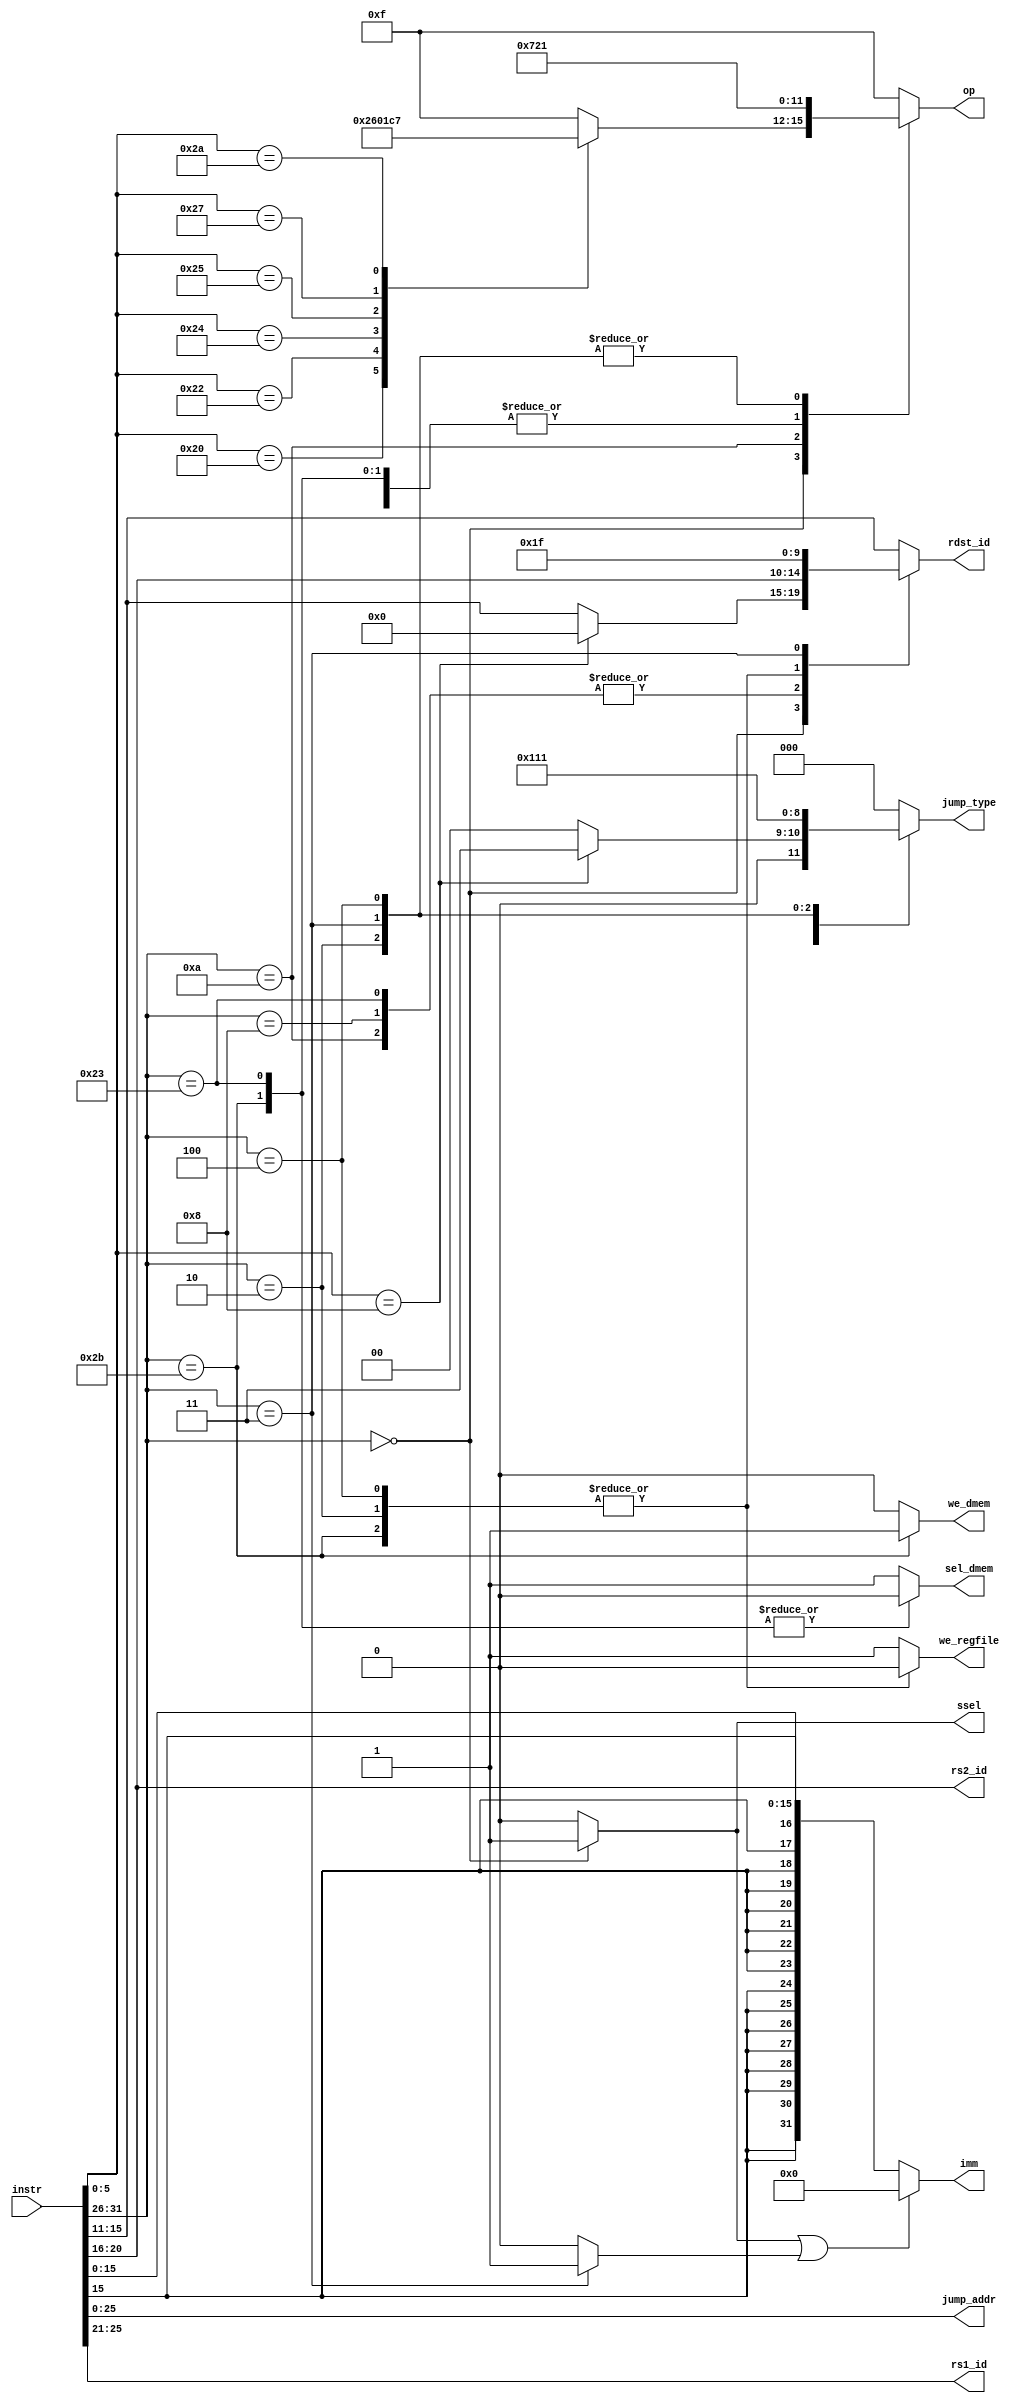
module decode #(parameter DWIDTH = 32)
(
    input [DWIDTH-1:0]  instr,   // Input instruction.

    output reg [2 : 0]      jump_type,
    output reg [DWIDTH-7:0] jump_addr,
    output reg we_regfile,
    output reg we_dmem,
    output reg sel_dmem,

    output reg [3 : 0]      op,      // Operation code for the ALU.
    output reg              ssel,    // Select the signal for either the immediate value or rs2.

    output reg [DWIDTH-1:0] imm,     // The immediate value (if used).
    output reg [4 : 0]      rs1_id,  // register ID for rs.
    output reg [4 : 0]      rs2_id,  // register ID for rt (if used).
    output reg [4 : 0]      rdst_id  // register ID for rd or rt (if used).
);

/***************************************************************************************
    ---------------------------------------------------------------------------------
    | R_type |    |   opcode   |   rs   |   rt   |   rd   |   shamt   |    funct    |
    ---------------------------------------------------------------------------------
    | I_type |    |   opcode   |   rs   |   rt   |             immediate            |
    ---------------------------------------------------------------------------------
    | J_type |    |   opcode   |                     address                        |
    ---------------------------------------------------------------------------------
                   31        26 25    21 20    16 15    11 10        6 5           0
 ***************************************************************************************/

    // Jump type
    localparam [2:0] J_TYPE_NOP = 3'b000,
                     J_TYPE_BEQ = 3'b001,
                     J_TYPE_JAL = 3'b010,
                     J_TYPE_JR  = 3'b011,
                     J_TYPE_J   = 3'b100;

    localparam [5:0] OPCODE_REGS = 6'h00,
                     OPCODE_ADDI = 6'h08,
                     OPCODE_SLTI = 6'h0A,
                     OPCODE_LW   = 6'h23,
                     OPCODE_SW   = 6'h2b,
                     OPCODE_BEQ  = 6'h04,
                     OPCODE_JAL  = 6'h03,
                     OPCODE_J    = 6'h02;

    localparam [5:0] REGS_ADD = 6'h20,
                     REGS_SUB = 6'h22,
                     REGS_AND = 6'h24,
                     REGS_OR  = 6'h25,
                     REGS_NOR = 6'h27,
                     REGS_SLT = 6'h2A,
                     REGS_JR  = 6'h08;

    localparam [3:0] OP_AND = 4'b0000,
                     OP_OR  = 4'b0001,
                     OP_ADD = 4'b0010,
                     OP_SUB = 4'b0110,
                     OP_NOR = 4'b1100,
                     OP_SLT = 4'b0111,
                     OP_NOT_DEFINED = 4'b1111;

    wire [5:0] opcode, funct;
    wire [4:0] rs, rt, rd, shamt;
    wire [15:0] immediate;
    wire [25:0] address;

    assign { opcode, address } = instr;
    assign { rs, rt, immediate } = address;
    assign { rd, shamt, funct } = immediate;

    // assign { opcode, rs, rt, rd, shamt, funct } = instr;
    // assign immediate = ssel ? 0 : instr[15:0];
    // assign address = instr[25:0];

    assign jump_addr = address;
    assign rs1_id = rs;
    assign rs2_id = rt;

    reg zero_imm;

    always @ (*) begin
        casez (opcode)
            OPCODE_JAL:
                        zero_imm = 1;
            default:    zero_imm = 0;
        endcase
    end

    always @ (*) begin
        casez (opcode)
            OPCODE_REGS:
                        ssel = 1;
            default:    ssel = 0;
        endcase
    end

    assign imm = (ssel || zero_imm) ? 0 : { {16{ immediate[15] }},  immediate };

    always @ (*) begin
        casez (opcode)
            OPCODE_REGS:
                casez (funct)
                    REGS_ADD: op = OP_ADD;
                    REGS_SUB: op = OP_SUB;
                    REGS_AND: op = OP_AND;
                    REGS_OR:  op = OP_OR;
                    REGS_NOR: op = OP_NOR;
                    REGS_SLT: op = OP_SLT;
                    REGS_JR:  op = OP_NOT_DEFINED;
                    default:  op = OP_NOT_DEFINED;
                endcase
            OPCODE_ADDI: op = OP_ADD;
            OPCODE_SLTI: op = OP_SLT;

            OPCODE_LW,
            OPCODE_SW:   op = OP_ADD;

            OPCODE_J,
            OPCODE_JAL,
            OPCODE_BEQ: op = OP_OR;

            default: op = OP_NOT_DEFINED;
        endcase
    end

    always @ (*) begin
        casez (opcode)
            OPCODE_REGS :
                casez (funct)
                    REGS_JR:  rdst_id = 0;
                    default:  rdst_id = rd;
                endcase
            OPCODE_ADDI,
            OPCODE_SLTI,
            OPCODE_LW  :
                        rdst_id = rt;
            OPCODE_SW  ,
            OPCODE_BEQ ,
            OPCODE_J   :
                        rdst_id = 0;
            OPCODE_JAL :
                        rdst_id = 5'd31;
            default:    
                        rdst_id = rd;
        endcase
    end

    always @ (*) begin
        casez (opcode)
            OPCODE_SW ,
            OPCODE_BEQ,
            OPCODE_J  :
                        we_regfile = 0;
            default:    we_regfile = 1;
        endcase
    end

    always @ (*) begin
        casez (opcode)
            OPCODE_SW :
                        we_dmem = 1;
            default:    we_dmem = 0;
        endcase
    end

    always @ (*) begin
        casez (opcode)
            OPCODE_LW ,
            OPCODE_SW :
                        sel_dmem = 0;
            default:    sel_dmem = 1;
        endcase
    end

    always @ (*) begin
        casez (opcode)
            OPCODE_REGS:
                casez (funct)
                    REGS_JR: jump_type = J_TYPE_JR;
                    default: jump_type = J_TYPE_NOP;
                endcase
            OPCODE_J:   jump_type = J_TYPE_J;
            OPCODE_JAL: jump_type = J_TYPE_JAL;
            OPCODE_BEQ: jump_type = J_TYPE_BEQ;
            default:    jump_type = J_TYPE_NOP;
        endcase
    end

endmodule